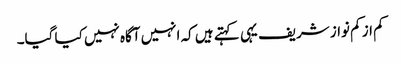
کم از کم نواز شریف یہی کہتے ہیں کہ انہیں آگاہ نہیں کیا گیا۔